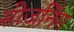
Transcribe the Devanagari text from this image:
सीजनिंग